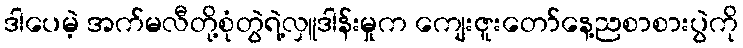
ဒါပေမဲ့ အက်မလီတို့စုံတွဲရဲ့လှူဒါန်းမှုက ကျေးဇူးတော်နေ့ညစာစားပွဲကို